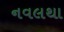
નવલથા